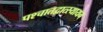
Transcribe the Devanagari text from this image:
पश्चातद्वात्स्यायन